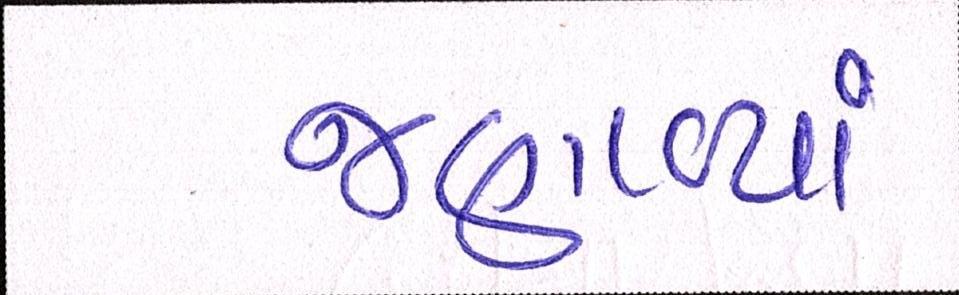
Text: જણાવ્યાં